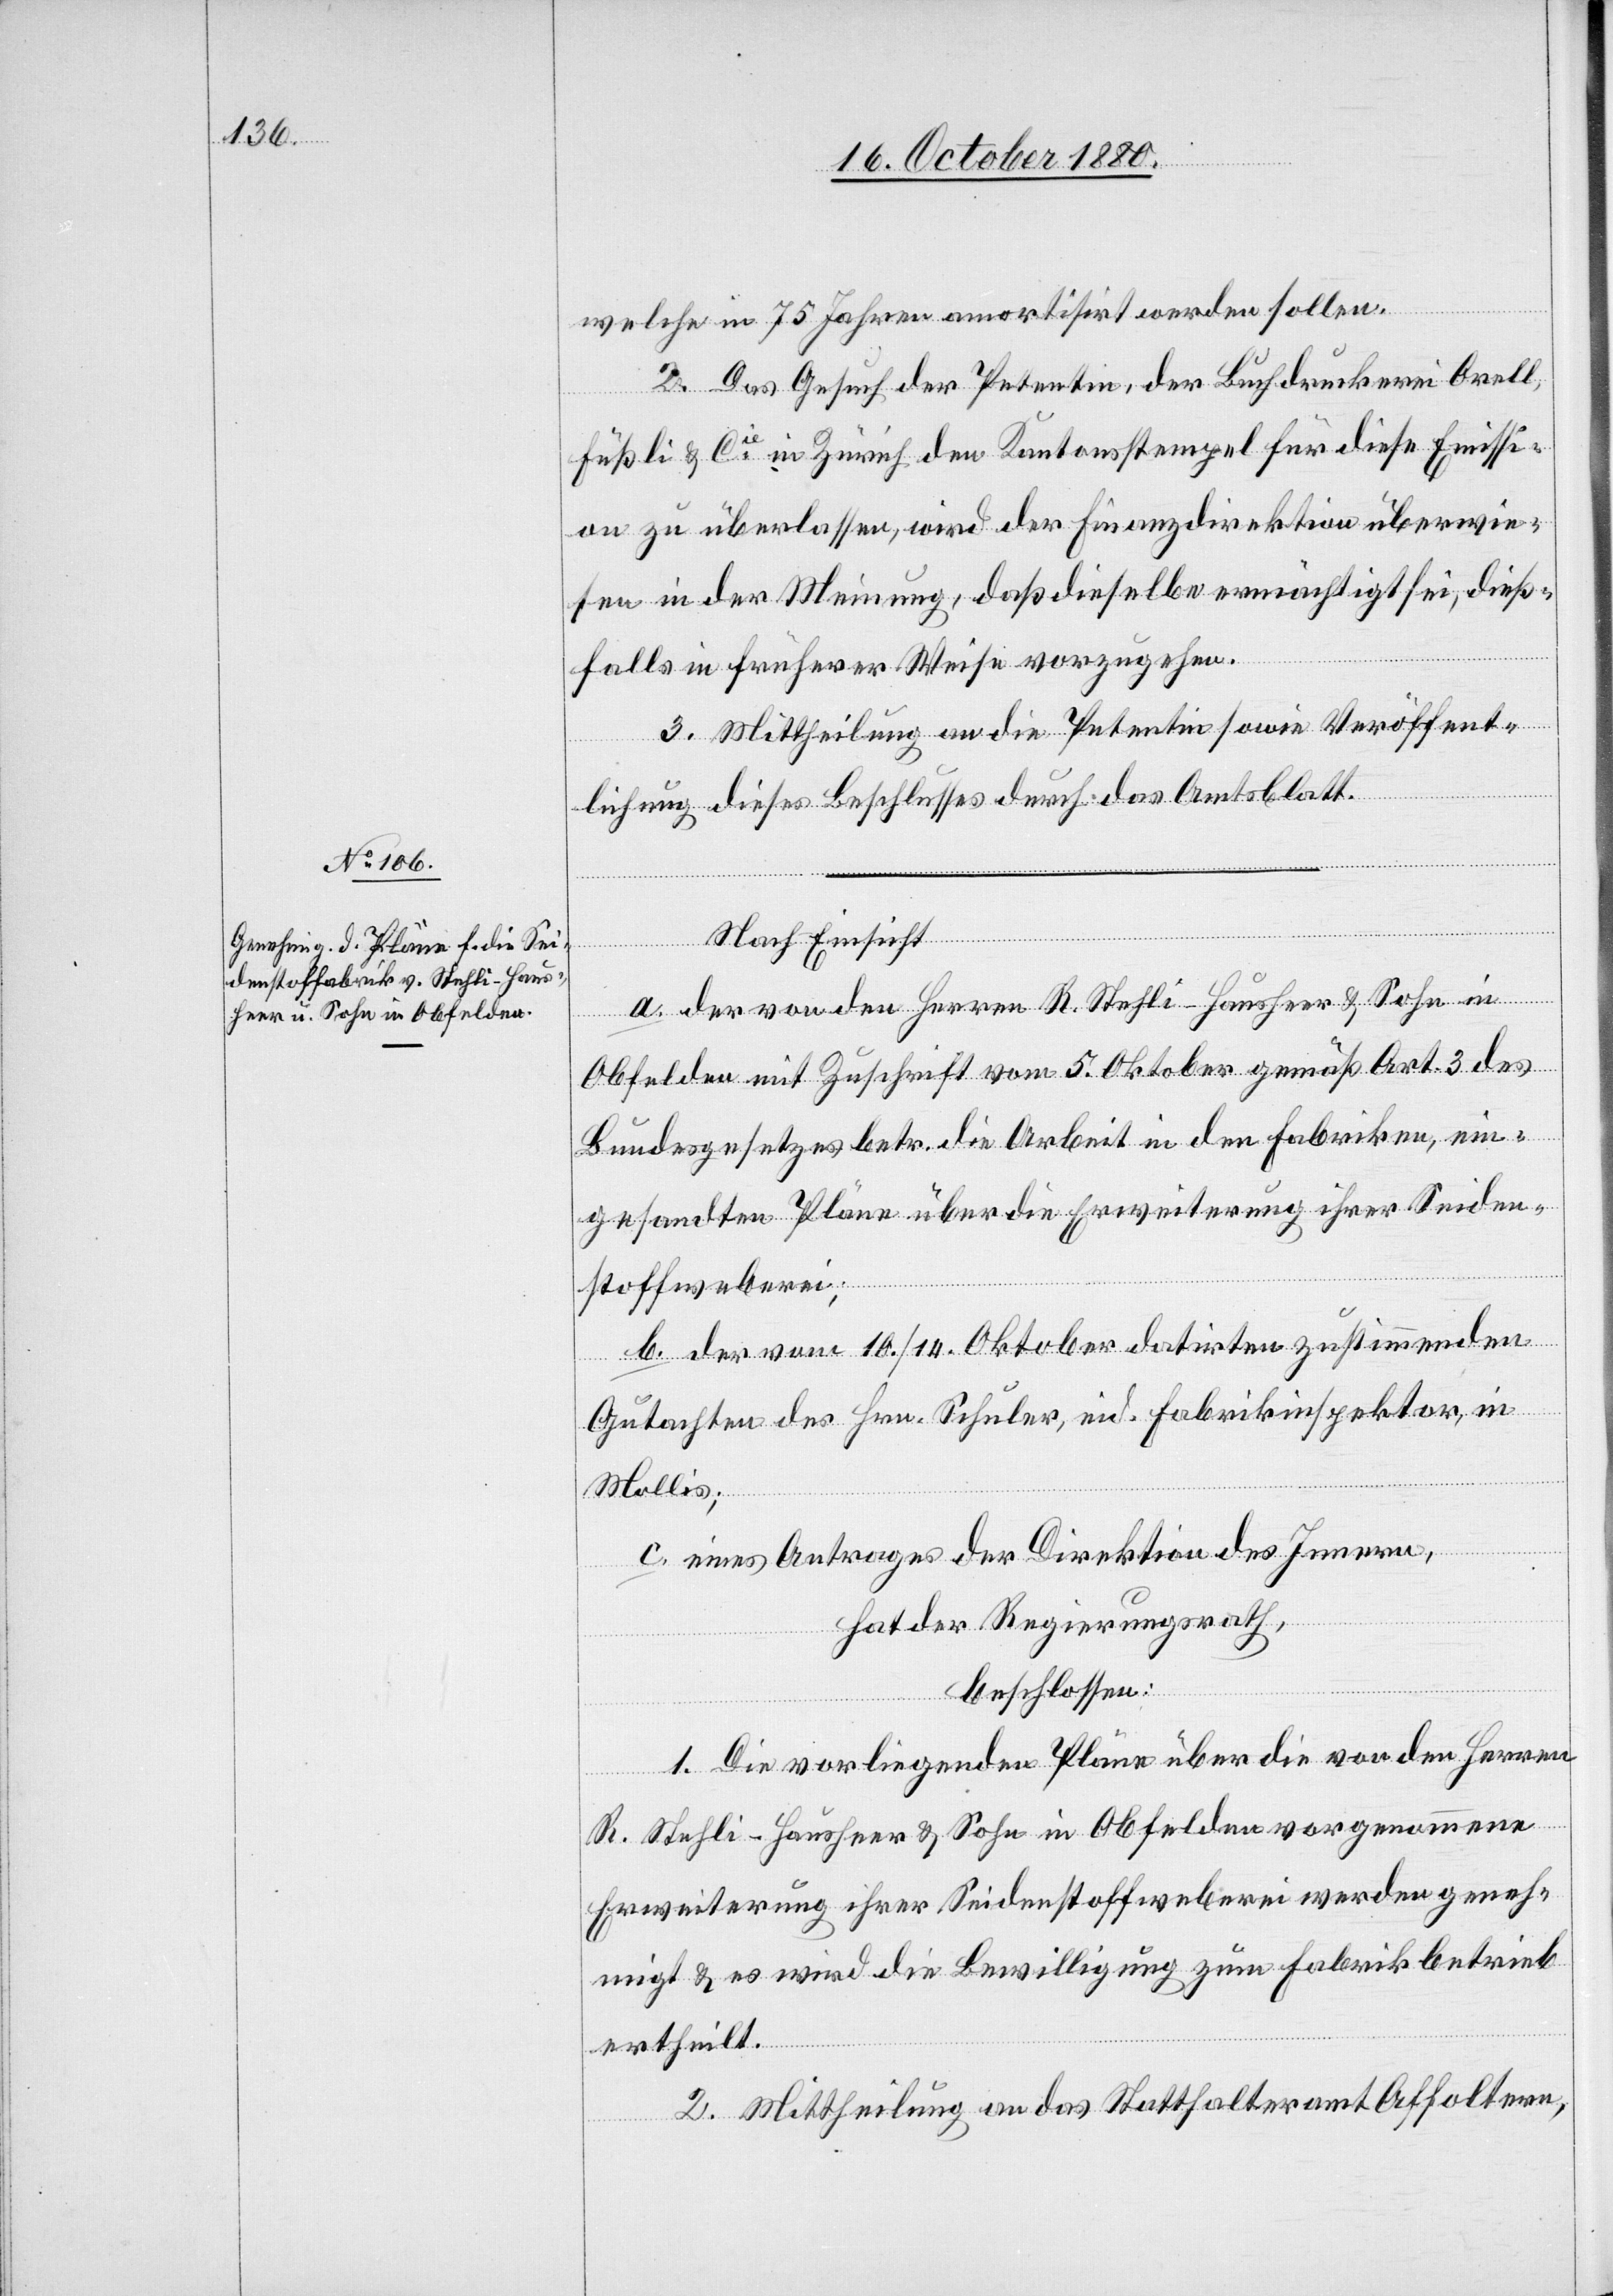
welche in 75 Jahren amortisirt werden sollen.
2. Das Gesuch der Petentin, der Buchdruckerin Orell
Füßli & Cie in Zürich den Kantonstempel für diese Emissi¬
on zu überlassen, wird der Finanzdirektion überwie¬
sen in der Meinung, daß dieselbe ermächtigt sei, dieß¬
falls in früherer Weise vorzugehen.
3. Mittheilung an die Petentin sowie Veröffent¬
lichung dieses Beschlusses durch das Amtsblatt.
Nach Einsicht
a. der von den Herren R. Stehli-Hausheer & Sohn in
Obfelden mit Zuschrift vom 5. Oktober gemäß Art. 3 des
Bundesgesetzes betr. die Arbeit in den Fabriken, ein¬
gesandten Pläne über die Erweiterung ihrer Seiden¬
stoffweberei;
b. der vom 10./14. Oktober datirten zustimmenden
Gutachten des Hrn. Schuler, eid. Fabrikinspektor, in
Mollis;
c. eines Antrages der Direktion des Innern,
hat der Regierungsrath,
beschlossen:
1. Die vorliegenden Pläne über die von den Herren
R. Stehli-Hausheer & Sohn in Obfelden vorgenommene
Erweiterung ihrer Seidenstoffweberei werden geneh¬
migt & es wird die Bewilligung zum Fabrikbetrieb
ertheilt.
2. Mittheilung an das Statthalteramt Affoltern,